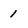
Character: 1